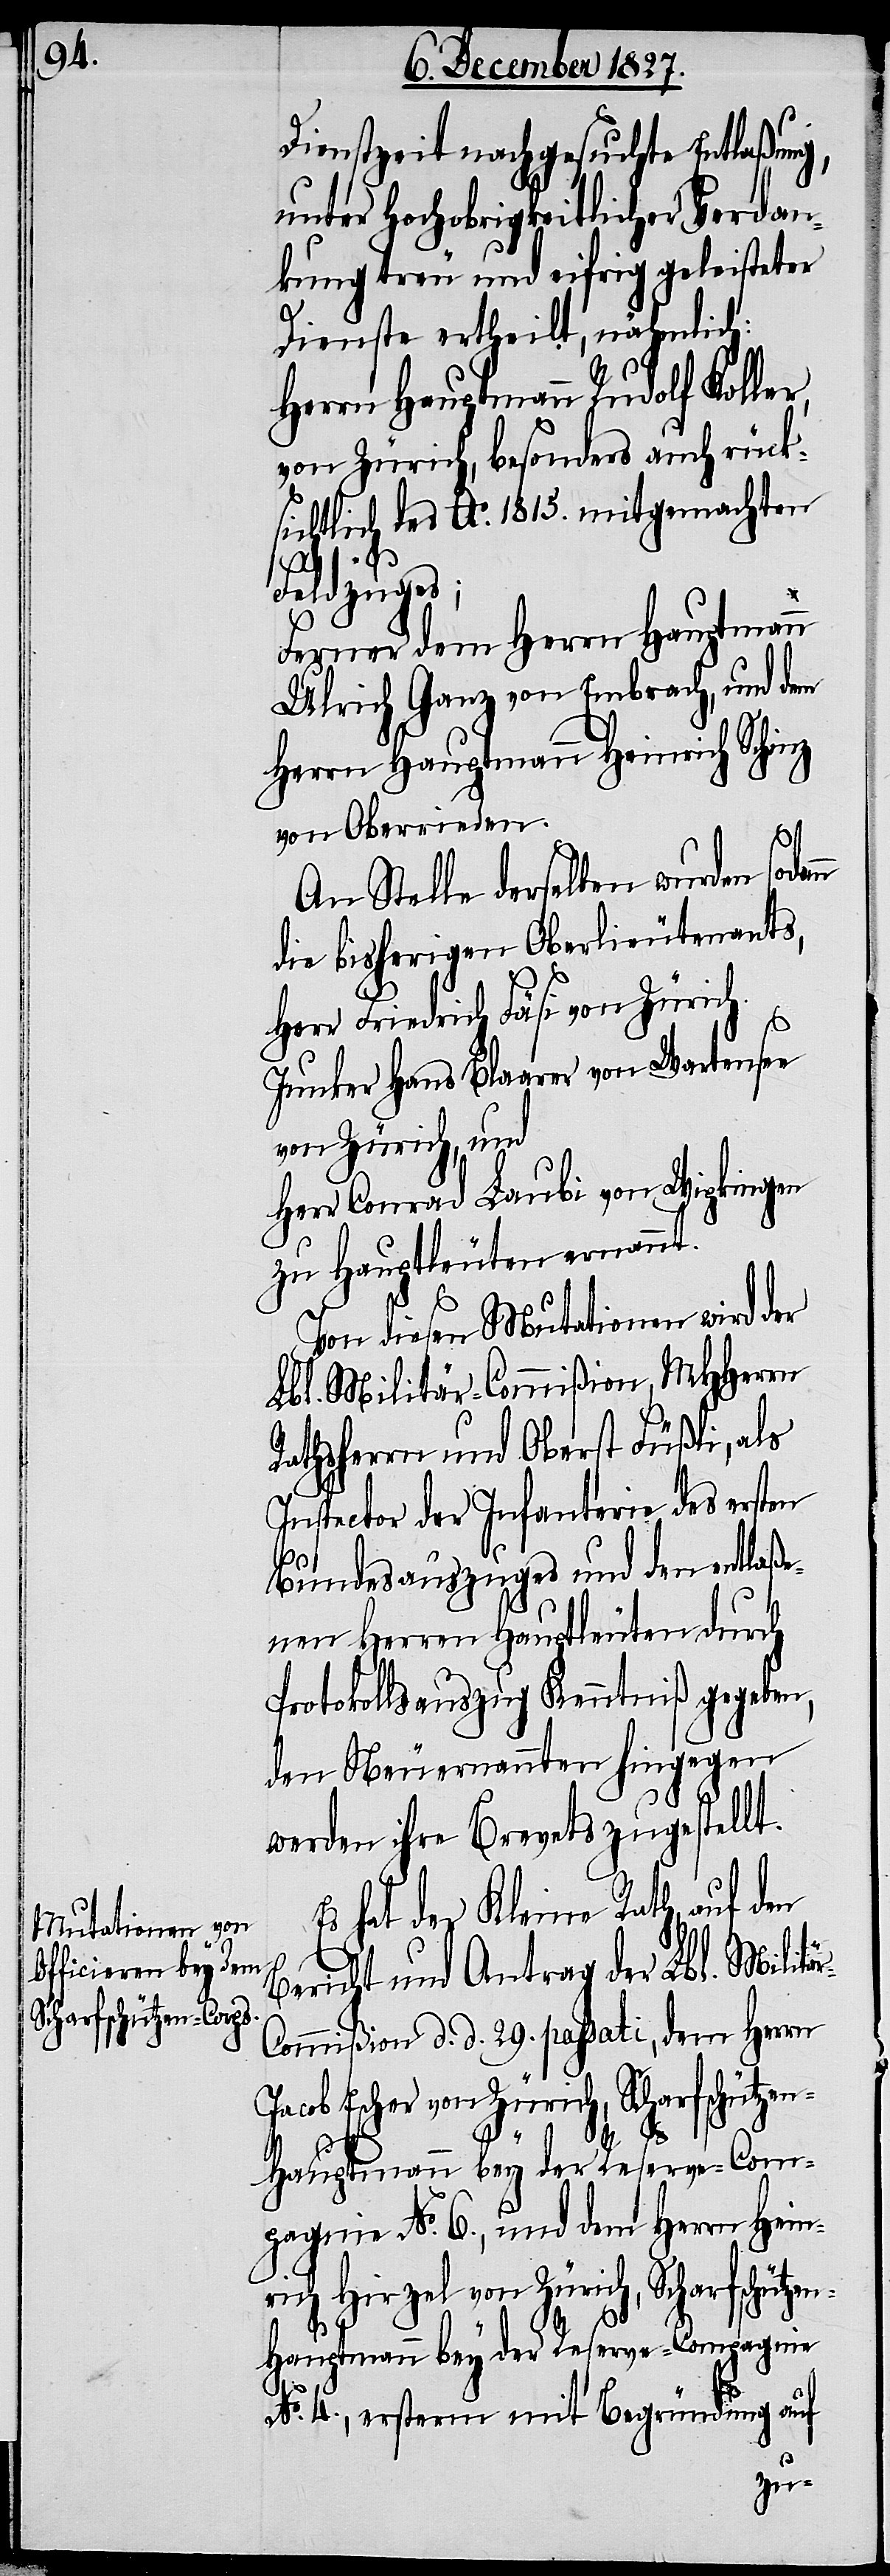
Dienstzeit nachgesuchte Entlaßung,
unter Hochobrigkeitlicher Verdan¬
kung treu und eifrig geleisteten
Dienste ertheilt, nähmlich:
Herrn Hauptmann Rudolf Koller,
von Zürich, besonders auch rück¬
sichtlich des Ao. 1815. mitgemachten
Feldzuges;
Ferner dem Herrn Hauptmann
Ulrich Ganz von Embrach, und dem
Herrn Hauptmann Heinrich Schinz
von Oberrieden.
An Stelle derselben wurden sodann
die bisherigen Oberlieutenants,
Herr Friedrich Fäsi von Zürich.
Junker Hans Blaarer von Wartensee
von Zürich, und
Herr Conrad Laubi von Wipkingen
zu Hauptleuten ernannt.
Von diesen Mutationen wird der
Lbl. Militär-Commißion, MHHerrn
Rathsherrn und Oberst Füßli, als
Inspector der Infanterie des ersten
Bundesauszuges und den entlaße¬
nen Herren Hauptleuten durch
Protokollsauszug Kenntniß gegeben,
den Neuernannten hingegen
werden ihre Brevets zugestellt.
Es hat der Kleine Rath, auf den
Bericht und Antrag der Lbl. Militä¬
ommißion d. d. 29. passati, dem Herrn
Jacob Escher von Zürich, Scharfschütze¬
r-C¬
n-Hauptmann bey der Reserve-Com¬
pagnie No. 6., und dem Herrn Hein¬
rich Hirzel von Zürich, Scharfschütze¬
n-Hauptmann bey der Reserve-Compagnie
No. 4., ersterm mit Begründung auf